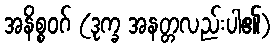
အနိစ္စဝဂ် (ဒုက္ခ အနတ္တလည်းပါ၏)